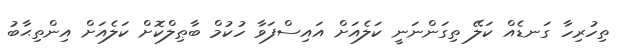
ތިހުރިހާ ގަނޑެއް ކަލޭ ތިގަންނަނީ ކަލެއަށް އައިސްފަވާ ހުކުމް ބާޠިލްކޮށް ކަލެއަށް އިންތިޙާބު